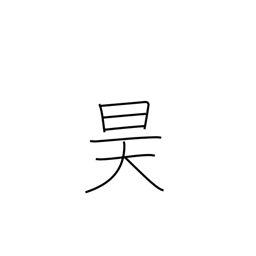
Meaning: sky